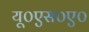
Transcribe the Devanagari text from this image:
यू०एस०ए०